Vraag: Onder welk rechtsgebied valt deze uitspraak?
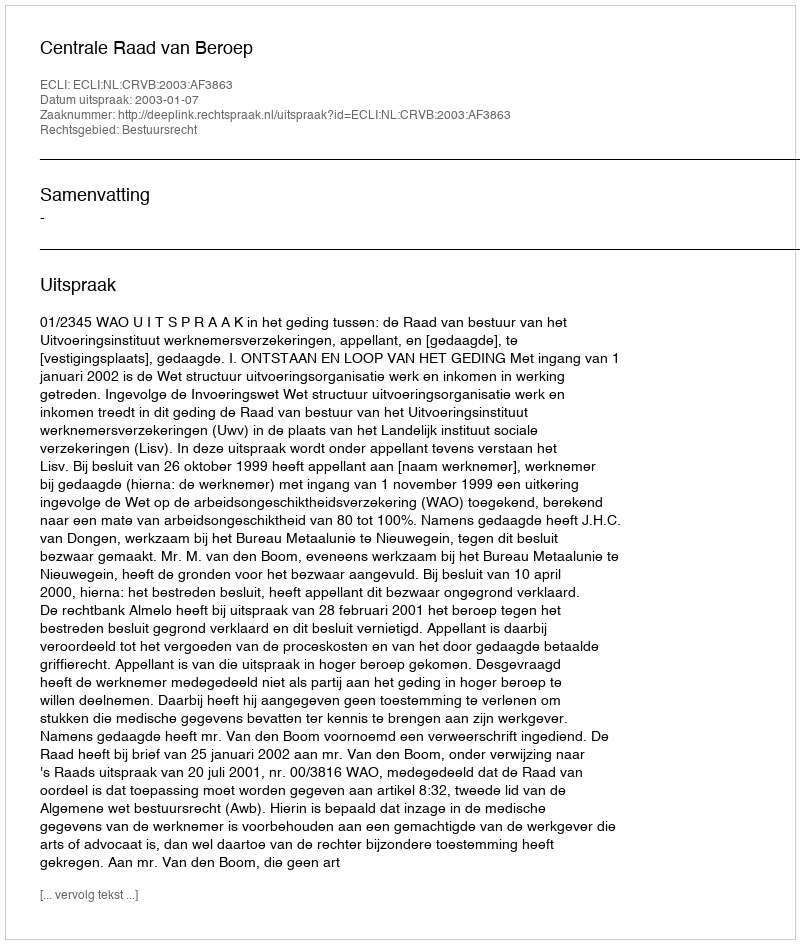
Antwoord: Bestuursrecht